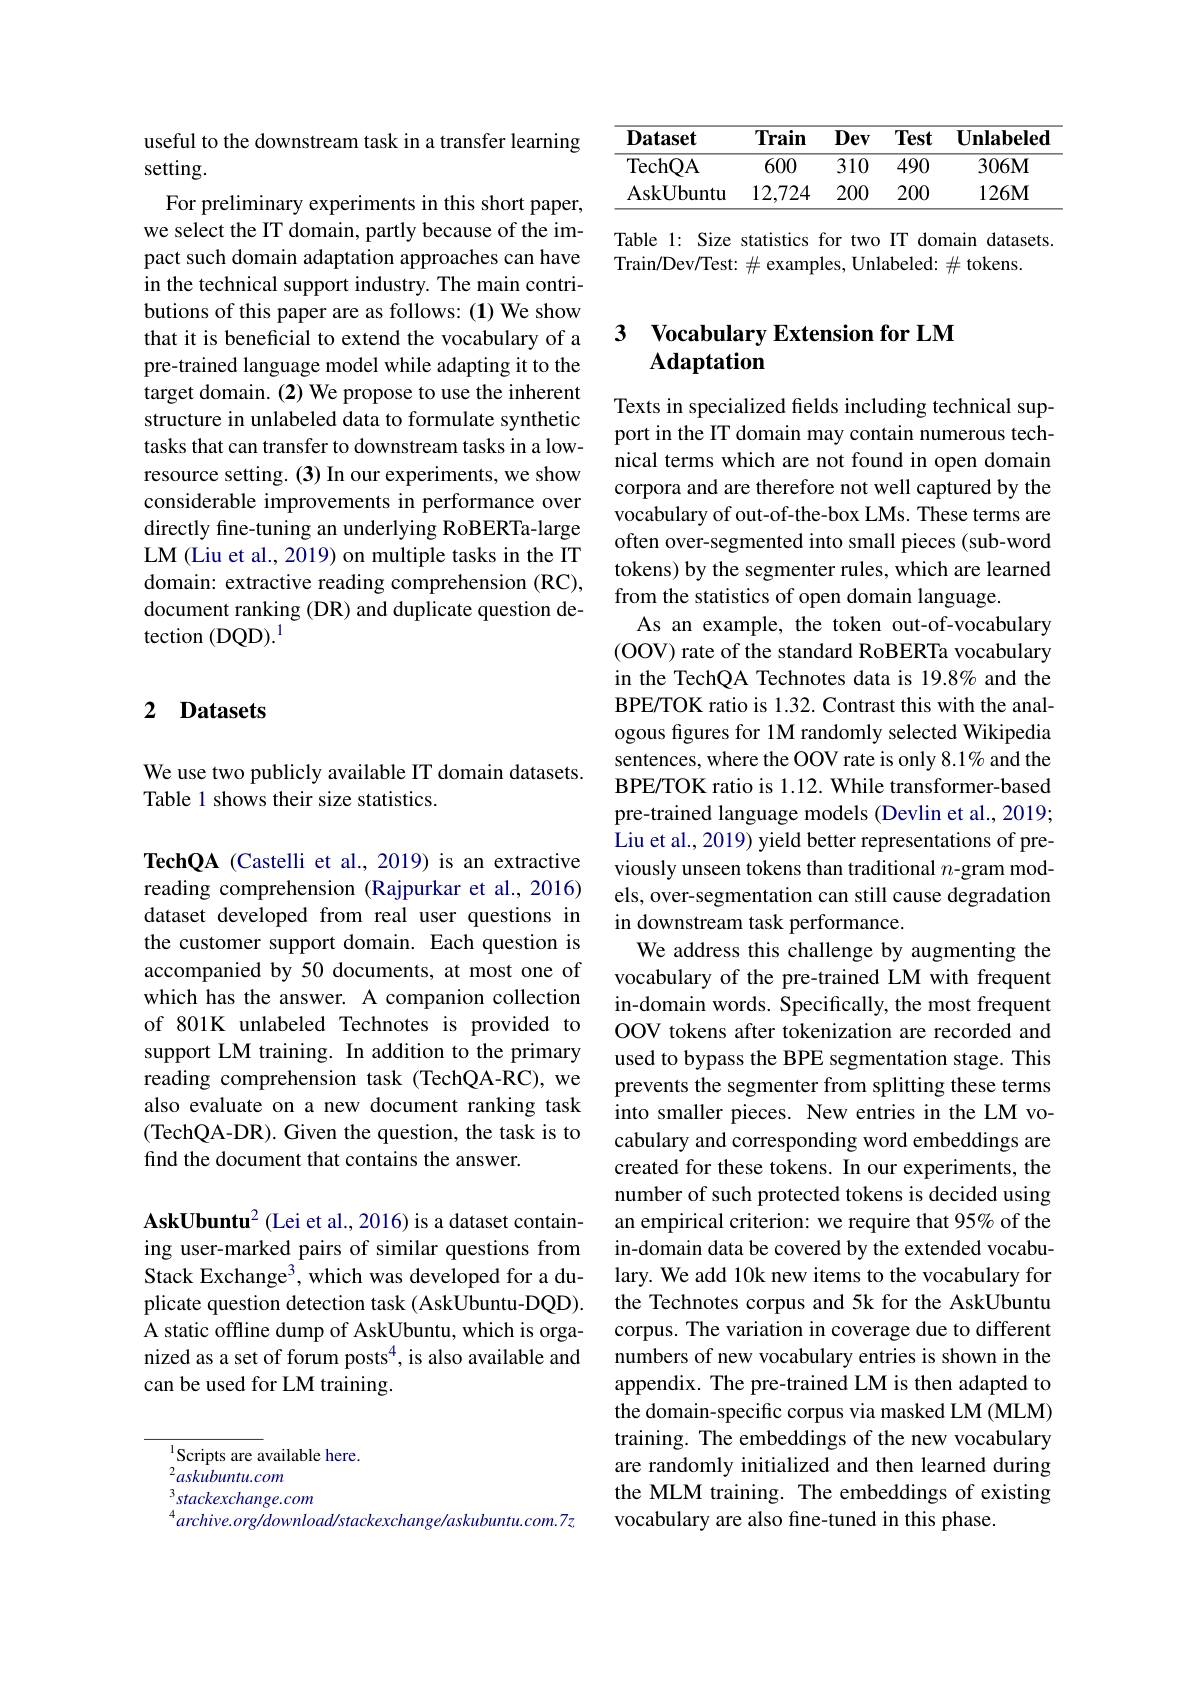
useful to the downstream task in a transfer learning
setting.

For preliminary experiments in this short paper, we select the IT domain, partly because of the impact such domain adaptation approaches can have in the technical support industry. The main contributions of this paper are as follows: (1) We show that it is beneficial to extend the vocabulary of a pre-trained language model while adapting it to the target domain. (2) We propose to use the inherent structure in unlabeled data to formulate synthetic tasks that can transfer to downstream tasks in a lowresource setting. (3) In our experiments, we show considerable improvements in performance over directly fine-tuning an underlying RoBERTa-large LM (Liu et al., 2019) on multiple tasks in the IT domain: extractive reading comprehension (RC), document ranking (DR) and duplicate question detection (DQD).$^{1}$

## 2 Datasets

We use two publicly available IT domain datasets.
Table 1 shows their size statistics.

TechQA (Castelli et al.,2019) is an extractive reading comprehension (Rajpurkar et al., 2016) dataset developed from real user questions in the customer support domain. Each question is accompanied by 50 documents, at most one of which has the answer. A companion collection of 801K unlabeled Technotes is provided to support LM training. In addition to the primary reading comprehension task (TechQA-RC), we also evaluate on a new document ranking task (TechQA-DR). Given the question, the task is to find the document that contains the answer.

AskUbuntu$^2$ (Lei et al., 2016) is a dataset containing user-marked pairs of similar questions from Stack Exchange$^3$,which was developed for a duplicate question detection task (AskUbuntu-DQD). A static offline dump of AskUbuntu, which is organized as a set of forum posts$^{4}$, is also available and can be used for LM training.

Scripts are available here.
$^{2}askubuntu.com$
$stackexchange.com$
$^{4}archive.org/download/stackexchange/askubuntu.com.7z$

<table>
	<tbody>
		<tr>
			<th>$\mathbf{Dataset}$</th>
			<th>Train</th>
			<th>Dev</th>
			<th>Test</th>
			<th>$\mathbf{Unlabeled}$</th>
		</tr>
		<tr>
			<td>TechQA</td>
			<td>600</td>
			<td>310</td>
			<td>490</td>
			<td>$306M$</td>
		</tr>
		<tr>
			<td>AskUbuntu</td>
			<td>12,724</td>
			<td>200</td>
			<td>200</td>
			<td>$126M$</td>
		</tr>
	</tbody>
</table>

Table 1: Size statistics for two IT domain datasets.
Train/Dev/Test: $\#$ examples, Unlabeled: $\#$ tokens.

### 3 $\textbf{Vocabulary Extension for LM}$ $\mathbf{Adaptation}$

Texts in specialized felds including technical support in the IT domain may contain numerous technical terms which are not found in open domain corpora and are therefore not well captured by the vocabulary of out-of-the-box LMs. These terms are often over-segmented into small pieces (sub-word tokens) by the segmenter rules, which are learned from the statistics of open domain language.
As an example, the token out-of-vocabulary (OOV) rate of the standard RoBERTa vocabulary in the TechQA Technotes data is 19.8% and the BPE/TOK ratio is 1.32. Contrast this with the analogous figures for 1M randomly selected Wikipedia sentences, where the OOV rate is only 8.1% and the BPE/TOK ratio is 1.12. While transformer-based pre-trained language models (Devlin et al., 2019; Liu et al., 2019) yield better representations of previously unseen tokens than traditional $n$-gram models, over-segmentation can still cause degradation in downstream task performance.
We address this challenge by augmenting the vocabulary of the pre-trained LM with frequent in-domain words. Specifically, the most frequent OOV tokens after tokenization are recorded and used to bypass the BPE segmentation stage. This prevents the segmenter from splitting these terms into smaller pieces. New entries in the LM vocabulary and corresponding word embeddings are created for these tokens. In our experiments, the number of such protected tokens is decided using an empirical criterion: we require that 95% of the in-domain data be covered by the extended vocabulary. We add 10k new items to the vocabulary for the Technotes corpus and 5k for the AskUbuntu corpus. The variation in coverage due to different numbers of new vocabulary entries is shown in the appendix. The pre-trained LM is then adapted to the domain-specific corpus via masked LM (MLM) training. The embeddings of the new vocabulary are randomly initialized and then learned during the MLM training. The embeddings of existing vocabulary are also fine-tuned in this phase.